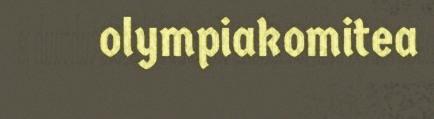
olympiakomitea